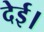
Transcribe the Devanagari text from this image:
देई।